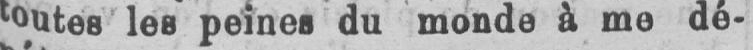
toutes les peines du monde à me dé-